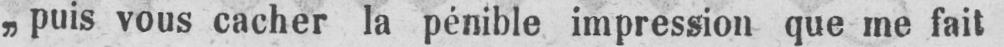
„puis vous cacher la pénible impression que me fait